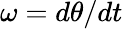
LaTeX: \omega=d\theta/dt